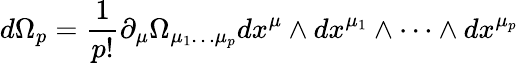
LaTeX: d\Omega_{p}=\frac{1}{p!}\partial_{\mu}\Omega_{\mu_{1}\dots\mu_{p}}dx^{\mu}\wedge dx^{\mu_{1}}\wedge\dots\wedge dx^{\mu_{p}}